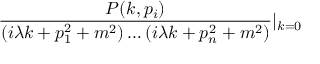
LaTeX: \frac { P ( k , p _ { i } ) } { ( i \lambda k + p _ { 1 } ^ { 2 } + m ^ { 2 } ) \ldots ( i \lambda k + p _ { n } ^ { 2 } + m ^ { 2 } ) } | _ { k = 0 }